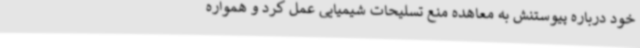
خود درباره پیوستنش به معاهده منع تسلیحات شیمیایی عمل کرد و همواره